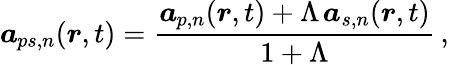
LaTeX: \boldsymbol{a}_{\! \; \! ps,n}(\boldsymbol{r},t)=\frac{\boldsymbol{a}_{\! \; \! p,n}(\boldsymbol{r},t)+\Lambda\! \; \! \, \boldsymbol{a}_{s,n}(\boldsymbol{r},t)}{1+\Lambda}\, ,